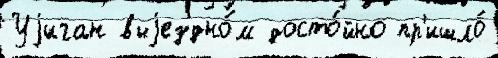
Уjиган выjездно́м досто́йно пр'ишло́